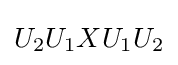
U_{2}U_{1}XU_{1}U_{2}